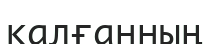
қалғанның